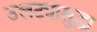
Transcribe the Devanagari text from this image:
उलट्यासुद्धा